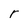
Character: r